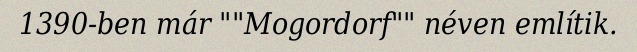
1390-ben már ""Mogordorf"" néven említik.